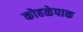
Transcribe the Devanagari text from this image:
कोहळेपाक